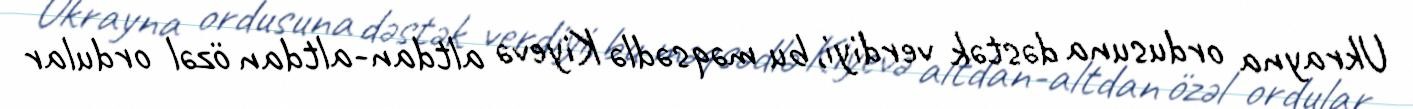
Ukrayna ordusuna dəstək verdiyi, bu məqsədlə Kiyevə altdan-altdan özəl ordular